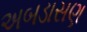
અબડાસણ